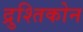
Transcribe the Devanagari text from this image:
द्रुश्तिकोन